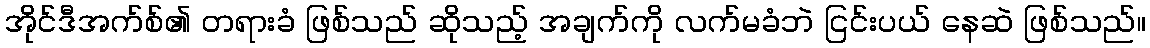
အိုင်ဒီအက်စ်၏ တရားခံ ဖြစ်သည် ဆိုသည့် အချက်ကို လက်မခံဘဲ ငြင်းပယ် နေဆဲ ဖြစ်သည်။